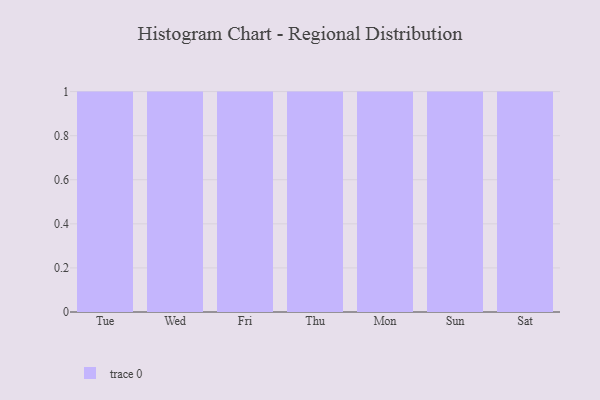
{"axis": {"x": "Day", "y": "Page Views"}, "legend": [""], "data": [{"x": "Tue", "y": 59, "type": ""}, {"x": "Wed", "y": 23, "type": ""}, {"x": "Fri", "y": 70, "type": ""}, {"x": "Thu", "y": 62, "type": ""}, {"x": "Mon", "y": 22, "type": ""}, {"x": "Sun", "y": 44, "type": ""}, {"x": "Sat", "y": 7, "type": ""}]}